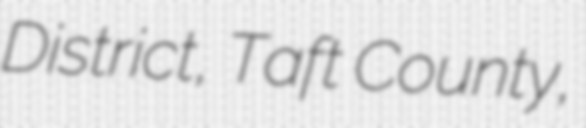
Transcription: District, Taft County,